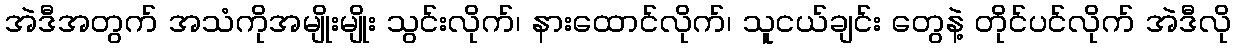
အဲဒီအတွက် အသံကိုအမျိုးမျိုး သွင်းလိုက်၊ နားထောင်လိုက်၊ သူငယ်ချင်း တွေနဲ့ တိုင်ပင်လိုက် အဲဒီလို